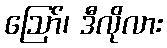
ဩော်၊ ဒီလိုလား